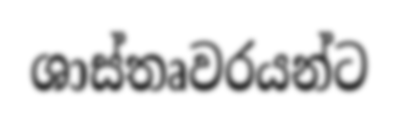
ශාස්තෘවරයන්ට